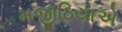
મજીઠિયાએ